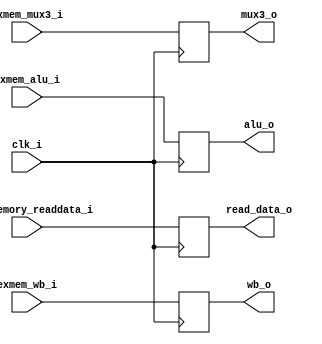
module MEMWB
(
  clk_i,
	exmem_wb_i,
	data_memory_readdata_i,
	exmem_alu_i,
	exmem_mux3_i,

	wb_o,
	read_data_o,
	alu_o,
	mux3_o
);

input clk_i;
input [1:0] exmem_wb_i;
input [31:0] data_memory_readdata_i;
input [31:0] exmem_alu_i;
input [4:0] exmem_mux3_i;

output [1:0] wb_o;
output [31:0] read_data_o;
output [31:0] alu_o;
output [4:0] mux3_o;

reg [1:0] wb_o;
reg [31:0] read_data_o;
reg [31:0] alu_o;
reg [4:0] mux3_o;

initial begin #20
  wb_o = 0;
	alu_o = 0;
	read_data_o = 0;
	mux3_o = 0;
end

always@(posedge clk_i) begin
  wb_o <= exmem_wb_i;
	read_data_o <= data_memory_readdata_i;
	alu_o <= exmem_alu_i;
	mux3_o <= exmem_mux3_i;
end

endmodule